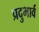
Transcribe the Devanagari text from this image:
प्रदुभार्व